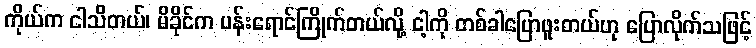
ကိုယ်က ငါသိတယ်၊ မိခိုင်က ပန်းရောင်ကြိုက်တယ်လို့ ငါ့ကို တစ်ခါပြောဖူးတယ်ဟု ပြောလိုက်သဖြင့်